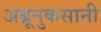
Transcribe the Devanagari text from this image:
अब्रूनुकसानी